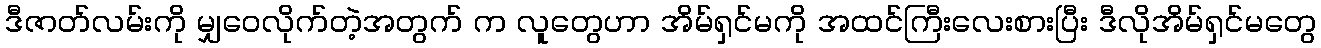
ဒီဇာတ်လမ်းကို မျှဝေလိုက်တဲ့အတွက် က လူတွေဟာ အိမ်ရှင်မကို အထင်ကြီးလေးစားပြီး ဒီလိုအိမ်ရှင်မတွေ